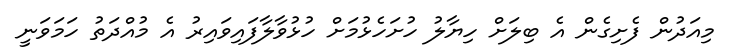
މިއަދުން ފެށިގެން އެ ބިލަށް ހިޔާލު ހުށަހެޅުމަށް ހުޅުވާލާފައިވައިރު އެ މުއްދަތު ހަމަވަނީ